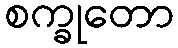
စက္ခုတော